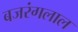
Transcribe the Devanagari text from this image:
बजरंगलाल